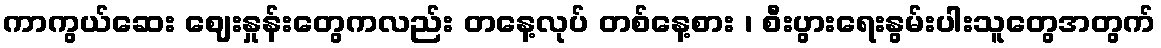
ကာကွယ်ဆေး ဈေးနှုန်းတွေကလည်း တနေ့လုပ် တစ်နေ့စား ၊ စီးပွားရေးနွမ်းပါးသူတွေအတွက်